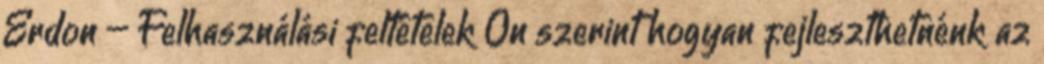
Erdon – Felhasználási feltételek Ön szerint hogyan fejleszthetnénk az